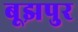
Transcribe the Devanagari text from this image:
बूझपुर